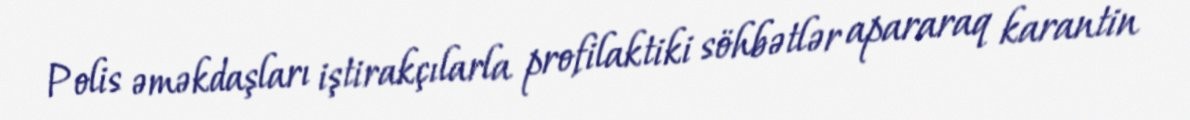
Polis əməkdaşları iştirakçılarla profilaktiki söhbətlər apararaq karantin